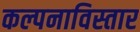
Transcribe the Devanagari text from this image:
कल्पनाविस्तार